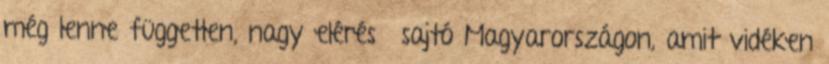
még lenne független, nagy elérésű sajtó Magyarországon, amit vidéken